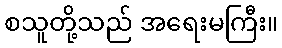
စသူတို့သည် အရေးမကြီး။